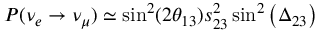
P ( \nu _ { e } \to \nu _ { \mu } ) \simeq \sin ^ { 2 } ( 2 \theta _ { 1 3 } ) s _ { 2 3 } ^ { 2 } \sin ^ { 2 } \left( \Delta _ { 2 3 } \right)